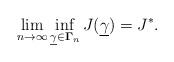
LaTeX: \begin{align*}\lim_{n\rightarrow\infty} \inf_{\underline{\gamma} \in {\bf \Gamma}_n} J(\underline{\gamma}) = J^*. \end{align*}